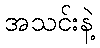
အသင်းနဲ့